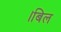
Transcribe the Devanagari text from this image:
।बिल